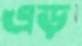
এড়